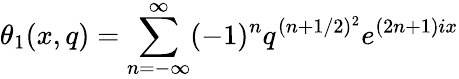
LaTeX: \theta_{1}(x,q)=\sum_{n=-\infty}^{\infty}(-1)^{n}q^{(n+1/2)^{2}}e^{(2n+1)ix}